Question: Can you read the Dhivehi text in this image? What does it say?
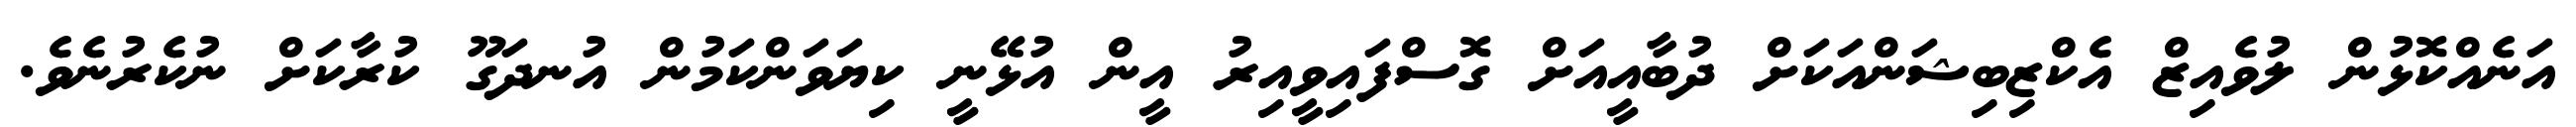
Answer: އަނެއްކޮޅުން ލުވެއިޒް އެކްޒިބިޝަންއަކަށް ދުބާއީއަށް ގޮސްފައިވީއިރު އީން އުޅޭނީ ކިޔަވަންކަމުން އުނދަގޫ ކުރާކަށް ނުކެރުނެވެ.